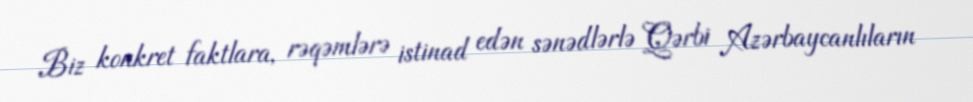
Biz konkret faktlara, rəqəmlərə istinad edən sənədlərlə Qərbi Azərbaycanlıların